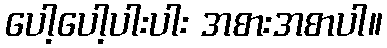
ပေါ့ပေါ့ပါးပါး အစားအစာပါ။